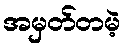
အမှတ်တမဲ့